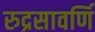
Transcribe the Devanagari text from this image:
रुद्रसावर्णि